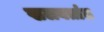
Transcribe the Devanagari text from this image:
खलबतांत